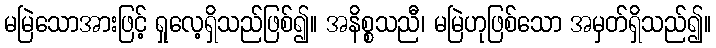
မမြဲသောအားဖြင့် ရှုလေ့ရှိသည်ဖြစ်၍။ အနိစ္စသညီ၊ မမြဲဟုဖြစ်သော အမှတ်ရှိသည်၍။